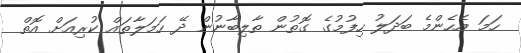
ހަމަ އެހެންމެ ބަދަލު ހިފުމުގެ ގޮތުން ތާލިބާނުން ދޭ ހަމަލާތައް ކުރިއަށް އޮތް